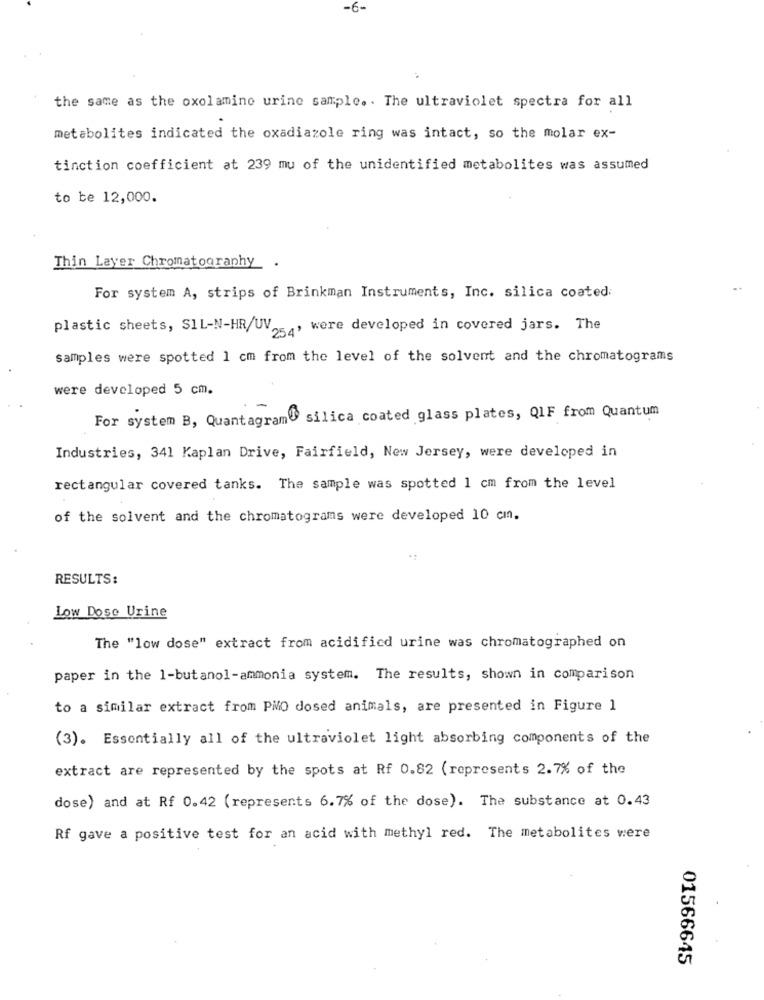
-6-
the same as the oxolamine urine sample .. The ultraviolet spectra for all
metabolites indicated the oxadiazole ring was intact, so the molar ex-
tinction coefficient at 239 mu of the unidentified metabolites was assumed
to be 12,000.
Thin Layer Chromatography.
For system A, strips of Brinkman Instruments, Inc. silica coated:
plastic sheets, SIL-N-HR/UV , were developed in covered jars. The
samples were spotted 1 cm from the level of the solvent and the chromatograms
were developed 5 cm.
For system B, Quantagram silica coated glass plates, Q1F from Quantum
Industries, 341 Kaplan Drive, Fairfield, New Jersey, were developed in
rectangular covered tanks. The sample was spotted 1 cm from the level
of the solvent and the chromatograms were developed 10 cmn.
RESULTS:
Low Dose Urine
The "low dose" extract from acidified urine was chromatographed on
paper in the 1-butanol-ammonia system. The results, shown in comparison
to a similar extract from PMO dosed animals, are presented in Figure 1
(3). Essentially all of the ultraviolet light absorbing components of the
extract are represented by the spots at Rf 0.82 (represents 2.7% of the
dose) and at Rf 0.42 (represents 6.7% of the dose). The substance at 0.43
Rf gave a positive test for an acid with methyl red. The metabolites were
01566645